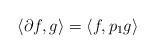
LaTeX: \begin{align*} \langle \partial f , g \rangle = \langle f, p_1 g \rangle \end{align*}